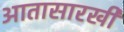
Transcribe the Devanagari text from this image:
आतासारखी